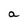
Character: a